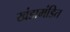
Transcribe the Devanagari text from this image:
खंडामंडित